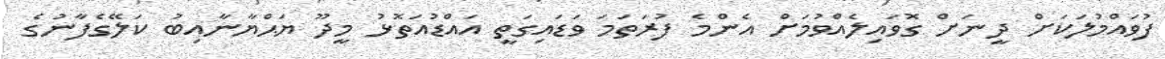
ފުވައްމުލަކަށް ދީނަށް ގޮވައިލެއްވުމަށް އެންމެ ފުރަތަމަ ވަޑައިގަތީ އައްޑުއަތޮޅު މީދޫ ޔަޙްޔާނާއިބު ކަލޭގެފާނުގެ